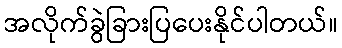
အလိုက်ခွဲခြားပြပေးနိုင်ပါတယ်။